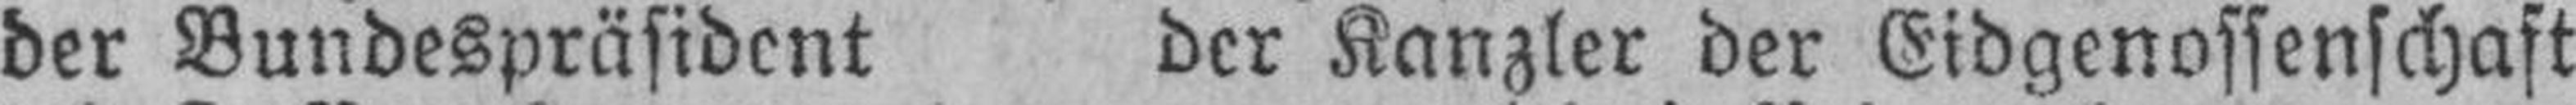
der Bundespräsident der Kanzler der Eidgenossenschaft